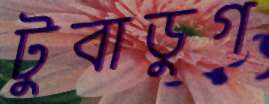
টুবাডুগ